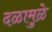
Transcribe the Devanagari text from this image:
दळामुळे